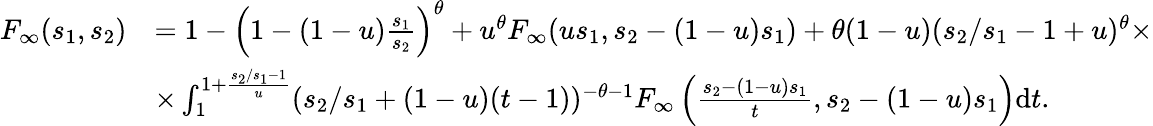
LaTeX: \begin{array}{rl}{F_{\infty}(s_{1},s_{2})}&{=1-\left(1-(1-u)\frac{s_{1}}{s_{2}}\right)^{\theta}+u^{\theta}F_{\infty}(us_{1},s_{2}-(1-u)s_{1})+\theta(1-u)(s_{2}/s_{1}-1+u)^{\theta}\times}\\ &{\times\int_{1}^{1+\frac{s_{2}/s_{1}-1}{u}}(s_{2}/s_{1}+(1-u)(t-1))^{-\theta-1}F_{\infty}\left(\frac{s_{2}-(1-u)s_{1}}{t},s_{2}-(1-u)s_{1}\right)\mathrm{d}t.}\end{array}